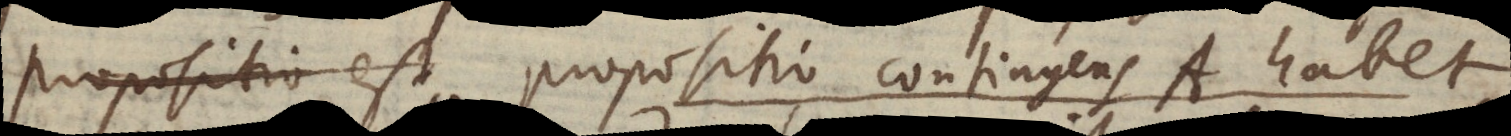
propositio est propositio contingens A habet